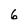
Character: 6